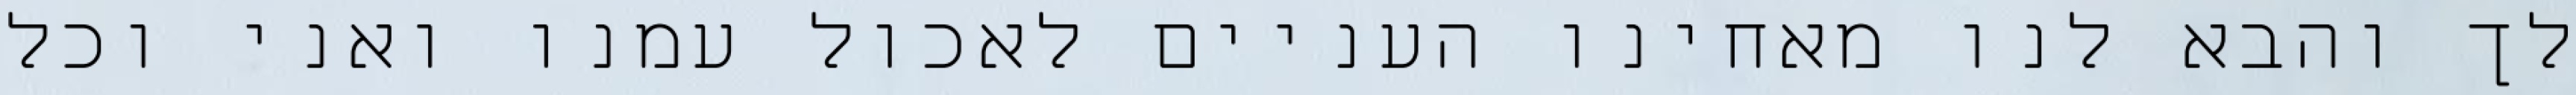
לך והבא לנו מאחינו העניים לאכול עמנו ואני וכל